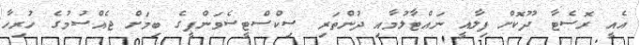
އެއީ ރޮސެޓާ ދޫކޮށް ފިލާއީ ނައްޓާލުމާއި ދުންތަރި ސިކްސްޓީސެވަންޕީގެ ބިމަށް ޖެއްސުމުގެ ހުރިހާ